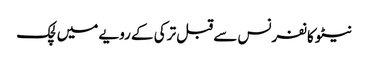
نیٹو کانفرنس سے قبل ترکی کے رویے میں لچک